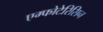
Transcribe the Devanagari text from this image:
एम्फोटेरिसिन